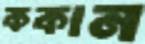
ককান